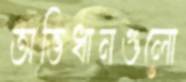
অভিধানগুলো